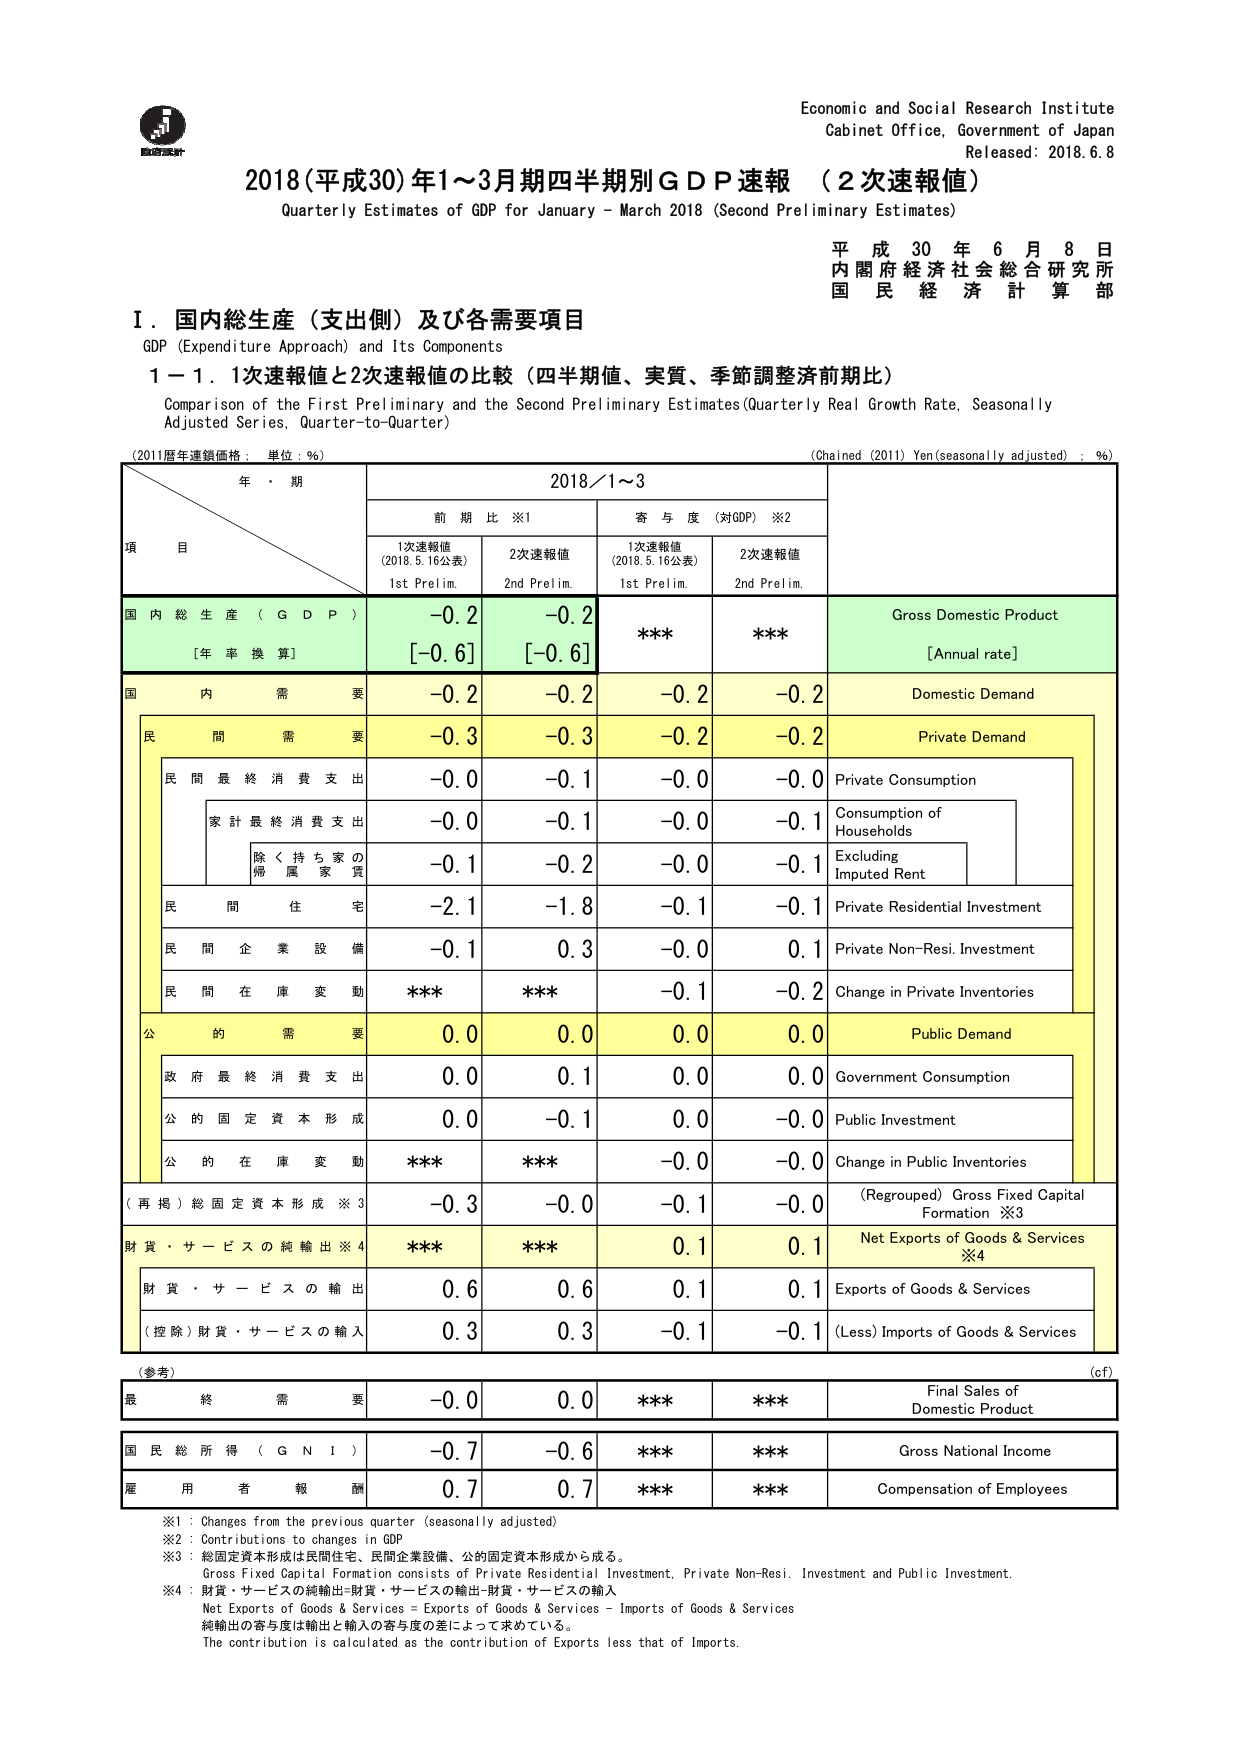
Economic and Social Research Institute
Cabinet Office, Government of Japan
Released: 2018.6.8

2018（平成30）年1～3月期四半期別ＧＤＰ速報（２次速報値）
Quarterly Estimates of GDP for January – March 2018 (Second Preliminary Estimates)

平成30年6月8日
内閣府経済社会総合研究所
国民経済計算部

Ⅰ．国内総生産（支出側）及び各需要項目
GDP (Expenditure Approach) and Its Components

１－１．１次速報値と２次速報値の比較（四半期値、実質、季節調整済前期比）
Comparison of the First Preliminary and the Second Preliminary Estimates (Quarterly Real Growth Rate, Seasonally Adjusted Series, Quarter-to-Quarter)

(2011暦年連鎖価格：単位：％)
(Chained (2011) Yen, seasonally adjusted : %)

年・期
2018／1～3

項 目
前 期 比 ※1
寄 与 度（対GDP）※2

1次速報値
(2018.5.16公表)
1st Prelim.

2次速報値
2nd Prelim.

1次速報値
(2018.5.16公表)
1st Prelim.

2次速報値
2nd Prelim.

国内総生産（ＧＤＰ）
-0.2
-0.2
***
***
Gross Domestic Product
[年率換算]
[-0.6]
[-0.6]
[Annual rate]

国内需要
-0.2
-0.2
-0.2
-0.2
Domestic Demand

民間需要
-0.3
-0.3
-0.2
-0.2
Private Demand

民間最終消費支出
-0.0
-0.1
-0.0
-0.0
Private Consumption

家計最終消費支出
-0.0
-0.1
-0.0
-0.1
Consumption of Households

除く持ち家の帰属家賃
-0.1
-0.2
-0.0
-0.1
Excluding Imputed Rent

民間住宅
-2.1
-1.8
-0.1
-0.1
Private Residential Investment

民間企業設備
-0.1
0.3
-0.0
0.1
Private Non-Resi. Investment

民間在庫変動
***
***
-0.1
-0.2
Change in Private Inventories

公的需要
0.0
0.0
0.0
0.0
Public Demand

政府最終消費支出
0.0
0.1
0.0
0.0
Government Consumption

公的固定資本形成
0.0
-0.1
0.0
-0.0
Public Investment

公的在庫変動
***
***
-0.0
-0.0
Change in Public Inventories

（再掲）総固定資本形成※3
-0.3
-0.0
-0.1
-0.0
（Regrouped）Gross Fixed Capital Formation ※3

財貨・サービスの純輸出※4
***
***
0.1
0.1
Net Exports of Goods & Services ※4

財貨・サービスの輸出
0.6
0.6
0.1
0.1
Exports of Goods & Services

（控除）財貨・サービスの輸入
0.3
0.3
-0.1
-0.1
(Less) Imports of Goods & Services

（参考）
最終需要
-0.0
0.0
***
***
Final Sales of Domestic Product

国民総所得（ＧＮＩ）
-0.7
-0.6
***
***
Gross National Income

雇用者報酬
0.7
0.7
***
***
Compensation of Employees

※1：Changes from the previous quarter (seasonally adjusted)
※2：Contributions to changes in GDP
※3：総固定資本形成は民間住宅、民間企業設備、公的固定資本形成から成る。
Gross Fixed Capital Formation consists of Private Residential Investment, Private Non-Resi. Investment and Public Investment.
※4：財貨・サービスの純輸出＝財貨・サービスの輸出－財貨・サービスの輸入
Net Exports of Goods & Services = Exports of Goods & Services – Imports of Goods & Services
純輸出の寄与度は輸出と輸入の寄与度の差によって求めている。
The contribution is calculated as the contribution of Exports less that of Imports.

(c.f)